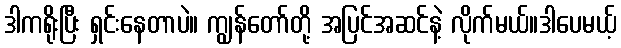
ဒါကရိုးပြီး ရှင်းနေတာပဲ။ ကျွန်တော်တို့ အပြင်အဆင်နဲ့ လိုက်မယ်။ဒါပေမယ့်